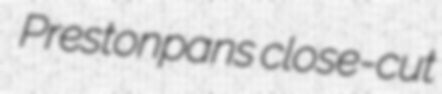
Prestonpans close-cut